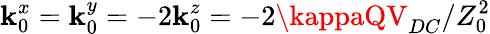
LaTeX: \mathbf{k}_{0}^{x}=\mathbf{k}_{0}^{y}=-2\mathbf{k}_{0}^{z}=-2\kappaQV_{DC}/Z_{0}^{2}